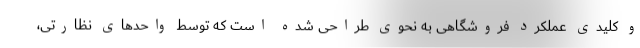
و کلیدی عملکرد فروشگاهی به نحوی طراحی شده است که توسط واحدهای نظارتی،